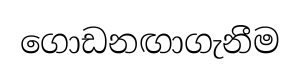
ගොඩනඟාගැනීම